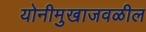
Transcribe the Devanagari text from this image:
योनीमुखाजवळील